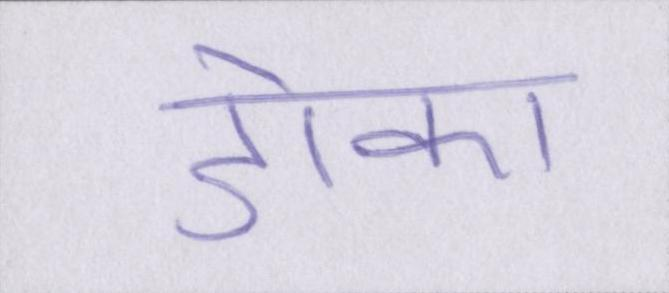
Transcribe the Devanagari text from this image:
डोका